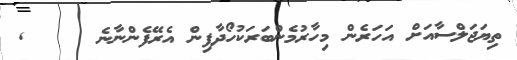
ތިޔަޖަލްސާއަށް އަހަރެން މިހާރުމެންބަރަކުހޯދާފިން އެރޭފެންނާނެ